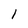
Character: l